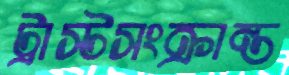
ট্রাস্টসংক্রান্ত